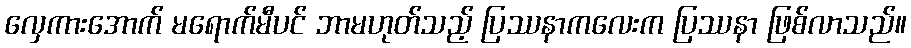
လှေကားအောက် မရောက်မီပင် ဘာမဟုတ်သည့် ပြဿနာကလေးက ပြဿနာ ဖြစ်လာသည်။